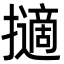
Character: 擿